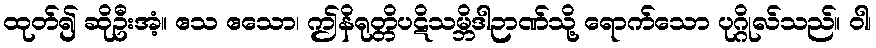
ထုတ်၍ ဆိုဦးအံ့။ ဧသ ဧသော၊ ဤနိရုတ္တိပဋိသမ္ဘိဒါဉာဏ်သို့ ရောက်သော ပုဂ္ဂိုလ်သည်။ ဝါ၊